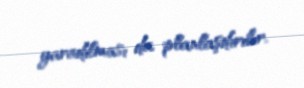
yaradılması da planlaşdırılır.